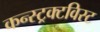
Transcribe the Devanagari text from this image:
कन्स्ट्रक्टविस्ट